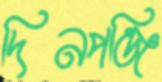
দিনপঞ্জি